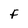
Character: f